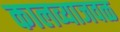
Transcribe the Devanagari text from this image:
कालव्याजवळ